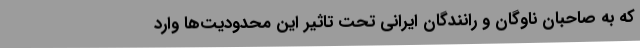
که به صاحبان ناوگان و رانندگان ایرانی تحت تاثیر این محدودیت‌ها وارد